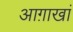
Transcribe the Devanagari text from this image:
आग़ाखां